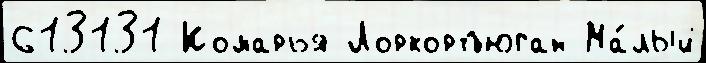
613131 Комарья Лоркортъюган Ма́лый